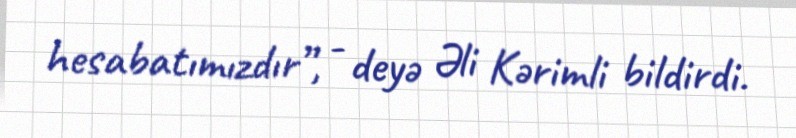
hesabatımızdır”, - deyə Əli Kərimli bildirdi.